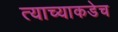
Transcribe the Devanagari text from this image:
त्याच्याकडेच